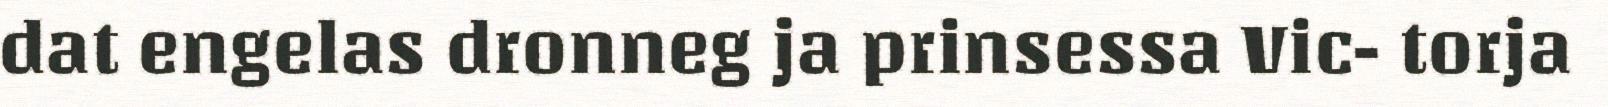
dat engelas dronneg ja prinsessa Vic- torja